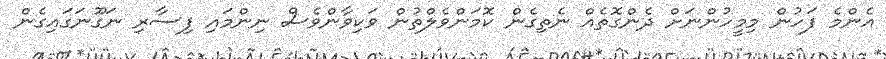
އެންމެ ފަހުން މިމީހުންނަށް ދެންގޮތެއް ނެތިގެން ކޮމަންވެލްތުން ވަކިވާންވެސް ނިންމައި ފިސާރި ނަގޫނަގައިގެން